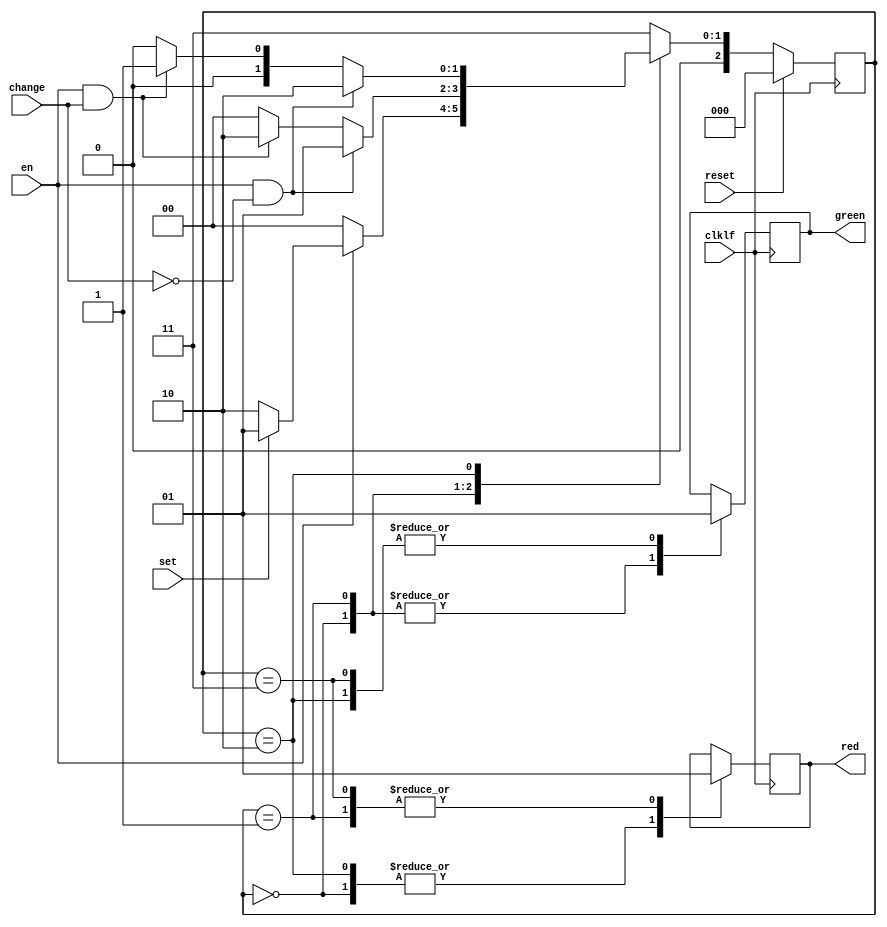

/*________________________________SEMAFORO 2________________________________*/
module semaforo2     //giros y semaforos peatonales
	(
  		input wire en,
  		input wire reset, 
		input wire set,	
		input wire change,	
		input wire clklf, 
		output reg green,   
		output reg red
	);
	        
	parameter RED = 3'b01;
	parameter GREEN = 3'b10;	
	parameter OFF = 3'b00;
	parameter ERROR = 3'b11; 

//States
	parameter [2:1] E_RED = 3'b01; 
	parameter [2:1] E_GREEN = 3'b10;
	parameter [2:1] E_OFF = 3'b00; 
	parameter [2:1] E_ERROR = 3'b11; 
    reg [3:1] E, e;
  
//Next-state logic
	always @ (en, set, change) 
		begin              
			case (e)
				E_OFF:		if (en) E = (set ? E_RED : E_GREEN);
							else E = E_OFF;
				E_RED:		if (en & !change) E = E_RED;  
							else if (en & change) E = E_GREEN;   
							else E = E_OFF;
				E_GREEN:	if (en & !change) E = E_GREEN;  
							else if (en & change) E = E_RED;  
							else E = E_OFF; 
				default:	E = E_ERROR; 
			endcase 
			
		end

//Update current state
    always @ (posedge clklf)
    	begin   
    		if (reset) e <= E_OFF;
    		else e <= E;
    		
    		//update lights
    		case (e)
    			E_OFF: 		{green, red} = OFF;
    			E_RED: 		{green, red} = RED; 
    			E_GREEN: 	{green, red} = GREEN;
    			E_ERROR:	{green, red} = ERROR;
    		endcase 	
    	end  
endmodule